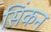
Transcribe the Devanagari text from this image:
सिंकन